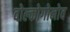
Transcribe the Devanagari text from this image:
वोल्कोगोनोव